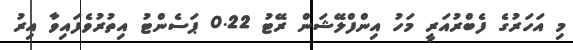
މި އަހަރުގެ ފެބްރުއަރީ މަހު އިންފްލޭޝަން ރޭޓު 0.22 ޕަސެންޓު އިތުރުވެފައިވާ އިރު